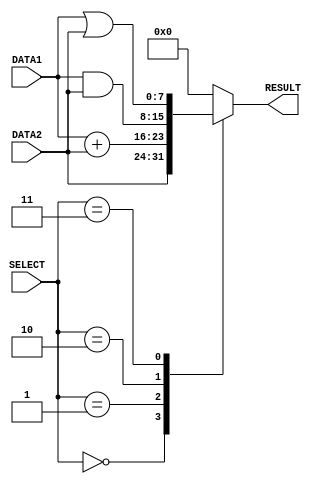
module alu(DATA1, DATA2, RESULT, SELECT);		//this is alu module
	
	//initial input output
	input [7:0] DATA1,DATA2;
	output reg [7:0] RESULT;
	input [2:0] SELECT;

	//always block
	//always @ (DATA1,DATA2,SELECT)
	always @ (*)
	begin

		case(SELECT)

			//load word
			3'b000 : begin

					 //generate result
					 #1						
					 RESULT <= DATA2;		//get result

					 end

			//add
			3'b001 : begin

					 //generate result
					 #2							
					 RESULT <= DATA1 + DATA2;	//result


					 end

			//and
			3'b010 : begin

					 //generate result
					 #1							//delay 1 unit
					 RESULT <= DATA1 & DATA2;	//get result


					 end

			//or
			3'b011 : begin

					 //generate result
					 #1							//delay 1 unit
					 RESULT <= DATA1 | DATA2;	//get result


					 end

			//reserved
			default : RESULT <= 8'b00000000;

		endcase

	end

endmodule